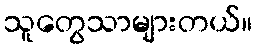
သူတွေသာများတယ်။